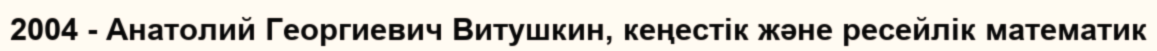
2004 - Анатолий Георгиевич Витушкин, кеңестік және ресейлік математик